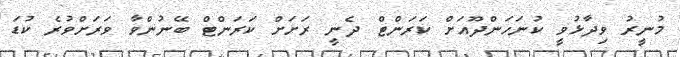
މުނީރު ވިދާޅުވީ ކުނަހަންދޫއަށް ކަރަންޓް ދެނީ ރަށަށް ކަރަންޓް ބޭނުންވާ ވަރަށްވުރެ ކުޑަ